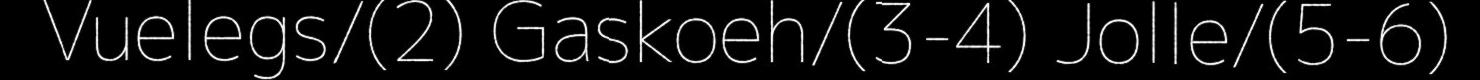
Vuelegs/(2) Gaskoeh/(3-4) Jolle/(5-6)